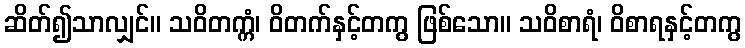
ဆိတ်၍သာလျှင်။ သဝိတက္ကံ၊ ဝိတက်နှင့်တကွ ဖြစ်သော။ သဝိစာရံ၊ ဝိစာရနှင့်တကွ